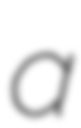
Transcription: a